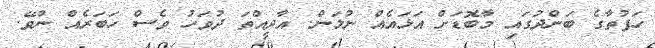
ހަފުތާގެ ބަންދުގައި މާބޮޑަށް އަޅައެއް ނުލަން. އާދީއްތަ ދުވަހު ވެސް ހަބަރެއް ނުވޭ.